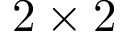
2 \times 2